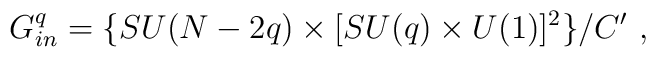
G_{in}^q = \{ SU(N-2q)\times [SU(q)\times U(1)]^2 \} /C' \ ,